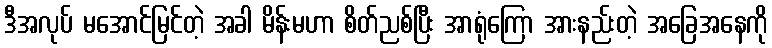
ဒီအလုပ် မအောင်မြင်တဲ့ အခါ မိန်းမဟာ စိတ်ညစ်ပြီး အာရုံကြော အားနည်းတဲ့ အခြေအနေကို